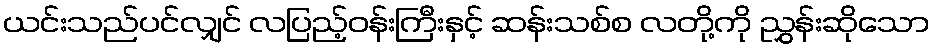
ယင်းသည်ပင်လျှင် လပြည့်ဝန်းကြီးနှင့် ဆန်းသစ်စ လတို့ကို ညွှန်းဆိုသော